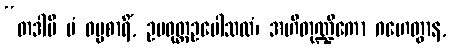
“တဒါပိ မံ ဓမ္မစာရိံ, ဥပဝုတ္ထဥပေါသထံ၊ အဟိတုဏ္ဍိကော ဂဟေတွာန,